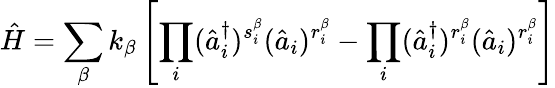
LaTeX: {}\hat{H}=\sum_{\beta}k_{\beta}\left[\prod_{i}(\hat{a}_{i}^{\dagger})^{s_{i}^{\beta}}(\hat{a}_{i})^{r_{i}^{\beta}}-\prod_{i}(\hat{a}_{i}^{\dagger})^{r_{i}^{\beta}}(\hat{a}_{i})^{r_{i}^{\beta}}\right]